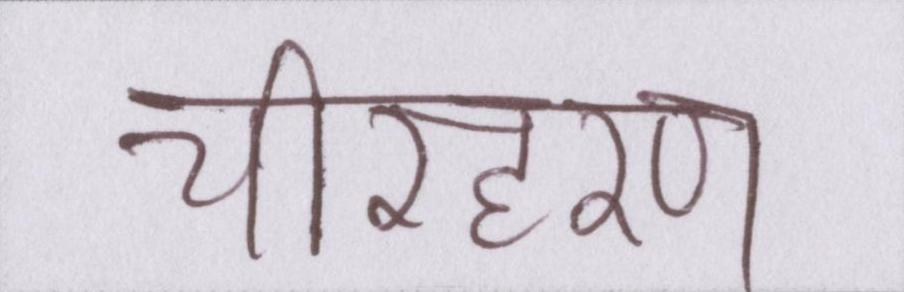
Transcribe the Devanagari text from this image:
चीरहरण